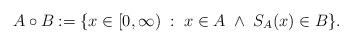
LaTeX: \begin{align*}A \circ B := \{ x \in [0,\infty) \;:\; x \in A \;\wedge\;S_A(x) \in B \}.\end{align*}